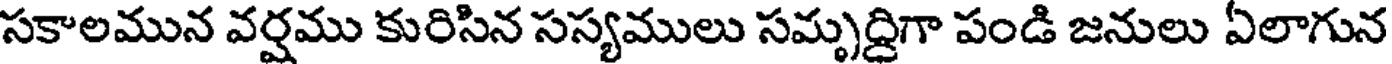
సకాలమున వర్షము కురిసిన సస్యములు సమృద్దిగా పండి జనులు ఏలాగున